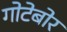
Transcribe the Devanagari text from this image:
गोटेबोर